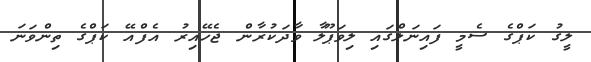
ލީގު ކަޕްގެ ސެމީ ފައިނަލްގައި ލިވަޕޫލާ ވާދަކުރާން ޖެހޭއިރު އެފްއޭ ކަޕްގެ ތިންވަނަ